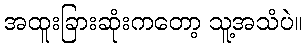
အထူးခြားဆုံးကတော့ သူ့အသံပဲ။